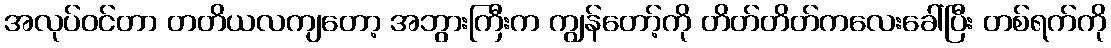
အလုပ်ဝင်တာ တတိယလကျတော့ အဘွားကြီးက ကျွန်တော့်ကို တိတ်တိတ်ကလေးခေါ်ပြီး တစ်ရက်ကို